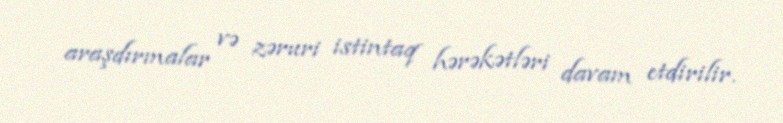
araşdırmalar və zəruri istintaq hərəkətləri davam etdirilir.